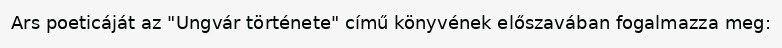
Ars poeticáját az "Ungvár története" című könyvének előszavában fogalmazza meg: